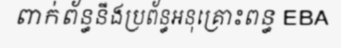
ពាក់ព័ន្ធនឹងប្រព័ន្ធអនុគ្រោះពន្ធ EBA